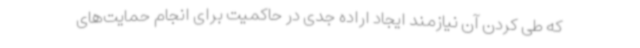
که طی‌ کردن آن نیازمند ایجاد اراده جدی در حاکمیت برای انجام حمایت‌های